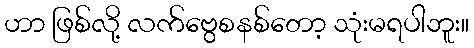
ဟာ ဖြစ်လို့ လက်ဗွေစနစ်တော့ သုံးမရပါဘူး။